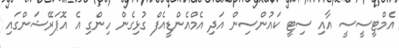
އެމްޓީސީސީ އާއި ސިޓީ ކައުންސިން އަދި އެމްއެންޑީއެފް ގުޅިގެން ހިންގި އެ އޮޕަރޭޝަންގައި